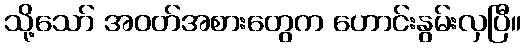
သို့သော် အဝတ်အစားတွေက ဟောင်းနွမ်းလှပြီ။